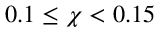
0 . 1 \leq \chi < 0 . 1 5